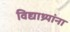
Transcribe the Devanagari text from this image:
विद्याथ्र्यांना